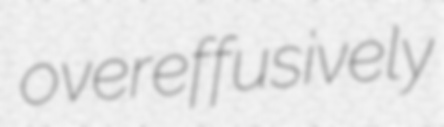
overeffusively